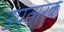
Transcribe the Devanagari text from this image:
उपतारक